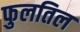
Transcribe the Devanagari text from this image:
फुलतिल